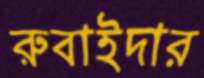
রুবাইদার